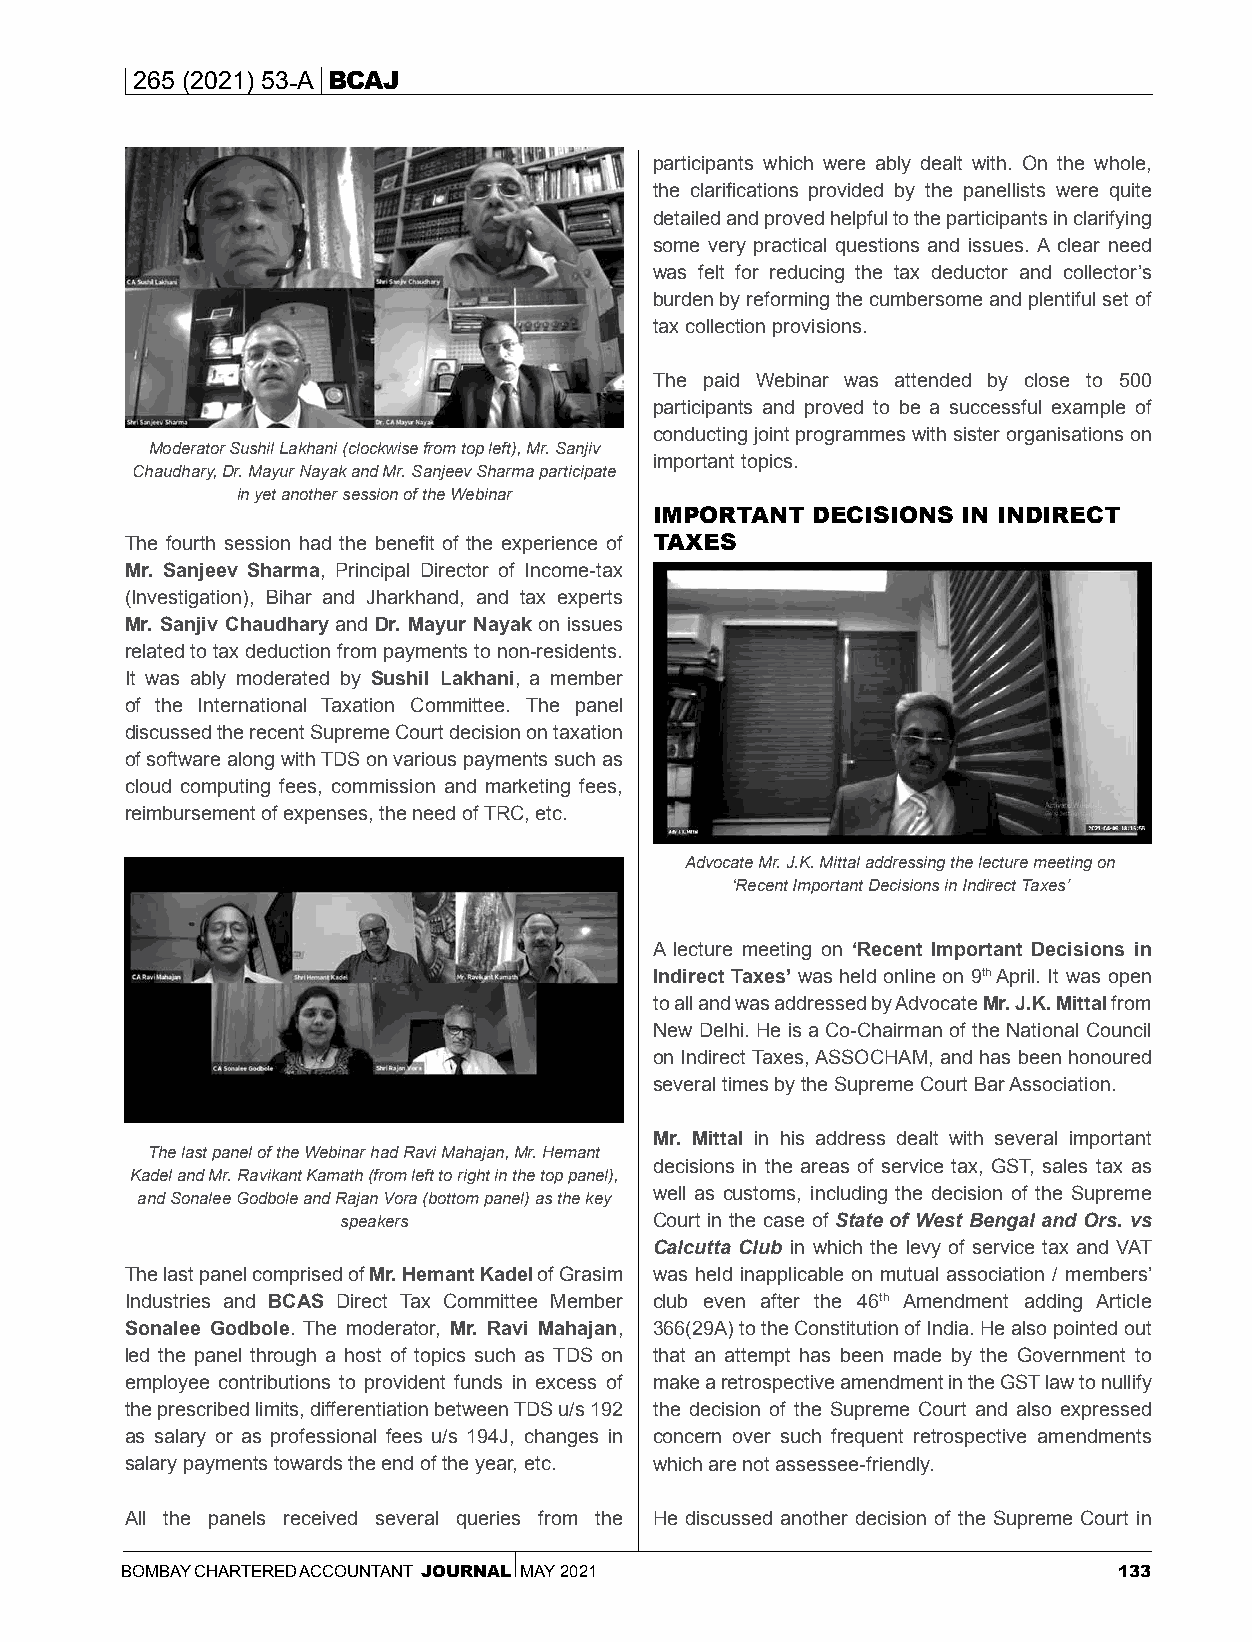
265 (2021) 53-A BCAJ
 participants which were ably dealt with. On the whole,
 the clarifications provided by the panellists were quite
 detailed and proved helpful to the participants in clarifying
 some very practical questions and issues. A clear need
 was felt for reducing the tax deductor and collector’s
 burden by reforming the cumbersome and plentiful set of
 tax collection provisions.
 The paid Webinar was attended by close to 500
 participants and proved to be a successful example of
 conducting joint programmes with sister organisations on
 Moderator Sushil Lakhani (clockwise from top left), Mr. Sanjiv
 important topics.
 Chaudhary, Dr. Mayur Nayak and Mr. Sanjeev Sharma participate
 in yet another session of the Webinar
 IMPORTANT  DECISIONS IN INDIRECT
 The fourth session had the benefit of the experience of TAXES
 Mr. Sanjeev Sharma, Principal Director of Income-tax
 (Investigation), Bihar and Jharkhand, and tax experts
 Mr. Sanjiv Chaudhary and Dr. Mayur Nayak on issues
 related to tax deduction from payments to non-residents.
 It was ably moderated by Sushil Lakhani, a member
 of the International Taxation Committee. The panel
 discussed the recent Supreme Court decision on taxation
 of software along with TDS on various payments such as
 cloud computing fees, commission and marketing fees,
 reimbursement of expenses, the need of TRC, etc.
 Advocate Mr. J.K. Mittal addressing the lecture meeting on
 ‘Recent Important Decisions in Indirect Taxes’
 A lecture meeting on ‘Recent Important Decisions in
 Indirect Taxes’ was held online on 9th April. It was open
 to all and was addressed by Advocate Mr. J.K. Mittal from
 New Delhi. He is a Co-Chairman of the National Council
 on Indirect Taxes, ASSOCHAM, and has been honoured
 several times by the Supreme Court Bar Association.
 Mr. Mittal in his address dealt with several important
 The last panel of the Webinar had Ravi Mahajan, Mr. Hemant
 decisions in the areas of service tax, GST, sales tax as
 Kadel and Mr. Ravikant Kamath (from left to right in the top panel),
 well as customs, including the decision of the Supreme
 and Sonalee Godbole and Rajan Vora (bottom panel) as the key
 speakers            Court in the case of State of West Bengal and Ors. vs
 Calcutta Club in which the levy of service tax and VAT
 The last panel comprised of Mr. Hemant Kadel of Grasim was held inapplicable on mutual association / members’
 Industries and BCAS Direct Tax Committee Member club even after the 46th Amendment adding Article
 Sonalee Godbole. The moderator, Mr. Ravi Mahajan, 366(29A) to the Constitution of India. He also pointed out
 led the panel through a host of topics such as TDS on that an attempt has been made by the Government to
 employee contributions to provident funds in excess of make a retrospective amendment in the GST law to nullify
 the prescribed limits, differentiation between TDS u/s 192 the decision of the Supreme Court and also expressed
 as salary or as professional fees u/s 194J, changes in concern over such frequent retrospective amendments
 salary payments towards the end of the year, etc. which are not assessee-friendly.
 All the panels received several queries from the He discussed another decision of the Supreme Court in
 BOMBAY CHARTERED ACCOUNTANT JOURNAL MAY 2021                      133